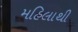
મહિલાથી